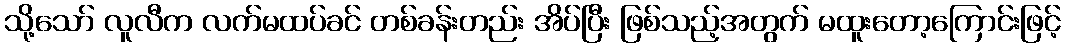
သို့သော် လူလီက လက်မထပ်ခင် တစ်ခန်းတည်း အိပ်ပြီး ဖြစ်သည့်အတွက် မထူးတော့ကြောင်းဖြင့်